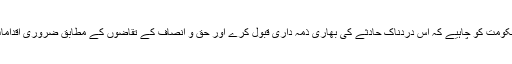
۳: سعودی حکومت کو چاہیے کہ اس دردناک حادثے کی بھاری ذمہ داری قبول کرے اور حق و انصاف کے تقاضوں کے مطابق ضروری اقدامات انجام دے۔